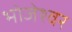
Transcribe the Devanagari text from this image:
भोजेश्‍वर